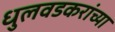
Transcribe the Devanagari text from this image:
धुलवडकरांच्या